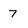
Character: 7